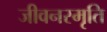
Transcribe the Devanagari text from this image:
जीवनस्मृति